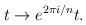
\begin{align*}t \rightarrow e^{2 \pi i/n}t.\end{align*}